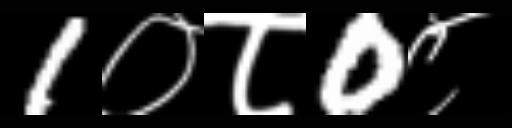
Text: 1०८0८